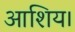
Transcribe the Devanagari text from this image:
आशिय।